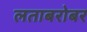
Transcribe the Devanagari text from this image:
लताबरोबर